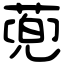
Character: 蔸